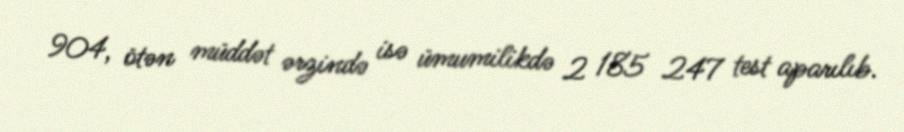
904, ötən müddət ərzində isə ümumilikdə 2 185 247 test aparılıb.